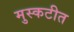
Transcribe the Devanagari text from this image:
मुस्कटीत